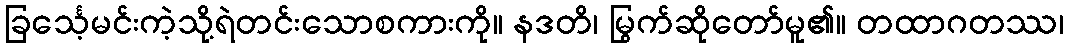
ခြင်္သေ့မင်းကဲ့သို့ရဲတင်းသောစကားကို။ နဒတိ၊ မြွက်ဆိုတော်မူ၏။ တထာဂတဿ၊